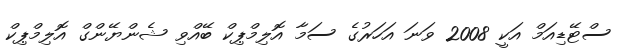
ސްޓޭޑިއަމް އަކީ 2008 ވަނަ އަހަރުގެ ސަމާ އޮލިމްޕިކް ބޭއްވި ޝެންޔޭންގް އޮލިމްޕިކް